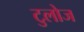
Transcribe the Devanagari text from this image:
टुलोज